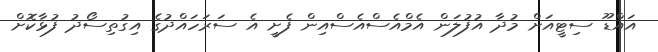
އައްޑޫ ސިޓީއަށް މުދާ އުފުލަން އެމްއެސްއެސްއިން ފެށީ އެ ސަރަހައްދުގެ އިގުތިސޯދު ފުޅާކޮށް